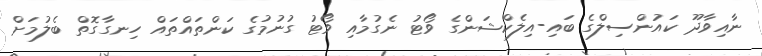
ނާއިވާދޫ ކައުންސިލްގެ ބައި-އިލެކްޝަންގެ ވޯޓު ނެގުމާއި ވޯޓު ގުނުމުގެ ކަންތައްތައް ހިނގާގޮތް ބެލުމަށް